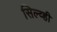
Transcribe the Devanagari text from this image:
सिल्व्ही